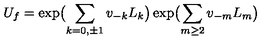
U _ { f } = \exp \bigl ( \sum _ { k = 0 , \pm 1 } v _ { - k } L _ { k } \bigr ) \exp \bigl ( \sum _ { m \geq 2 } v _ { - m } L _ { m } \bigr )